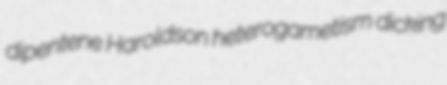
dipentene Haroldson heterogametism dicking